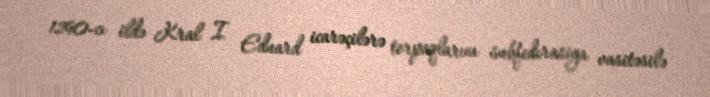
1290-cı ildə Kral I Eduard icarəçilərə torpaqlarını subfederasiya vasitəsilə